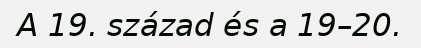
A 19. század és a 19–20.